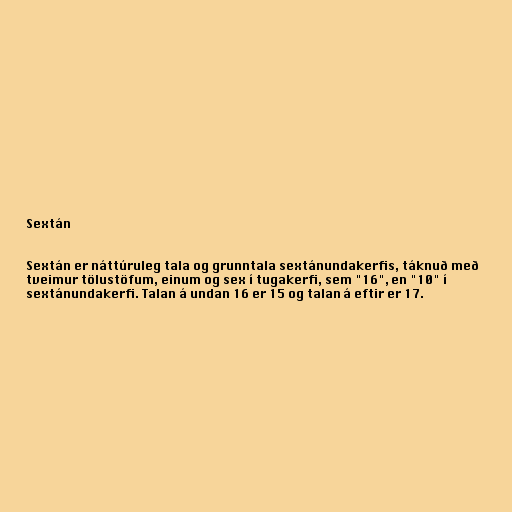
Sextán

Sextán er náttúruleg tala og grunntala sextánundakerfis, táknuð með
tveimur tölustöfum, einum og sex í tugakerfi, sem "16", en "10" í
sextánundakerfi. Talan á undan 16 er 15 og talan á eftir er 17.